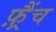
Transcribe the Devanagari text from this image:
फ़्रैंच